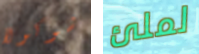
شوكولا لملئ